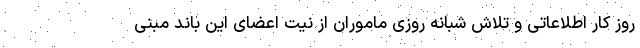
روز کار اطلاعاتی و تلاش شبانه روزی ماموران از نیت اعضای این باند مبنی